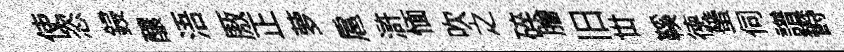
使恣鋟釀浯厫正萝扈滸愐吹之碎膾旧丗鞵德蜑伺譜欎